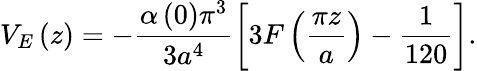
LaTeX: V_{E}\left(z\right)=-\frac{\alpha\left(0\right)\pi^{3}}{3a^{4}}\left[3F\left(\frac{\pi z}{a}\right)-\frac{1}{120}\right].